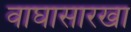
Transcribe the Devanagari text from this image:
वाघासारखा